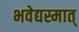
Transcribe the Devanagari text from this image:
भवेद्यस्मात्